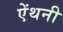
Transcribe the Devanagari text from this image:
ऐंथनी